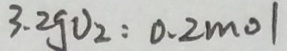
3 . 2 g v _ { 2 } : 0 . 2 m o l